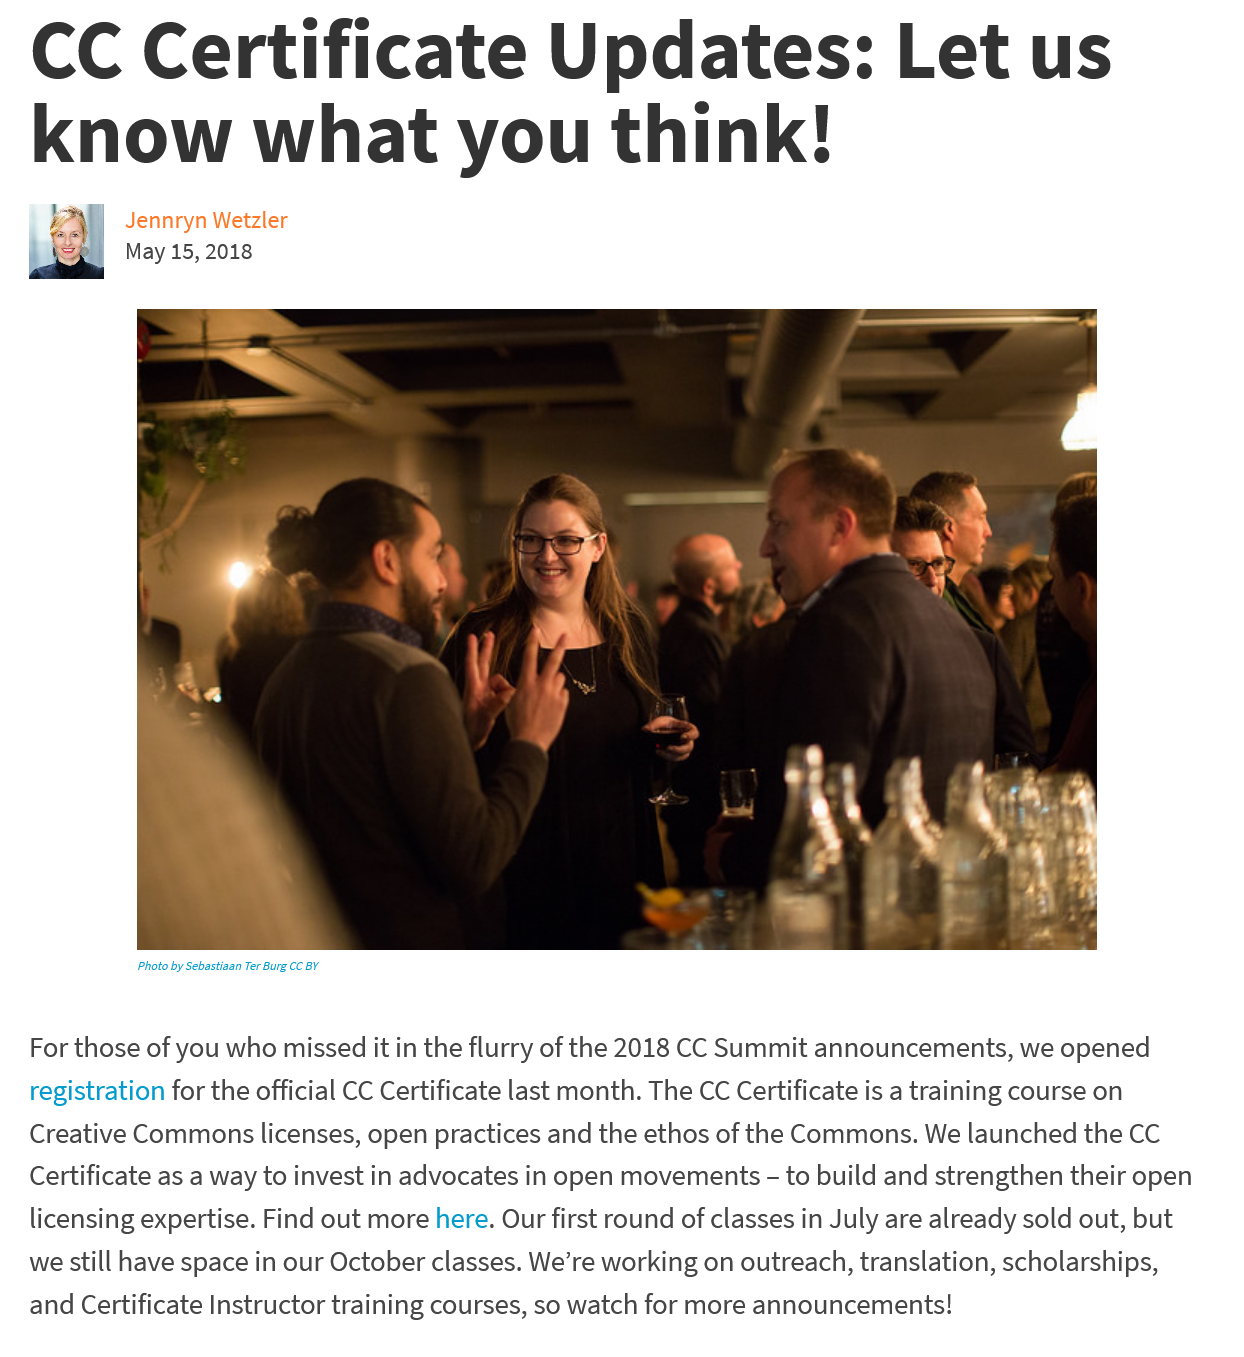
CC    Certificate    Updates:    Let    us
   know    what    you    think!
   For those of you who missed it in the flurry of the 2018 CC Summit announcements, we opened
   registration for the official CC Certificate last month. The CC Certificate is a training course on
   Creative Commons licenses, open practices and the ethos of the Commons. We launched the CC
   Certificate as a way to invest in advocates in open movements - to build and strengthen their open
   licensing expertise. Find out more here. Our first round of classes in July are already sold out, but
   we still have space in our October classes. We’re working on outreach, translation, scholarships,
   and Certificate Instructor training courses, so watch for more announcements!
     Photo by Sebastiaan Ter Burg CC BY
     Jennryn Wetzler
     May 15, 2018